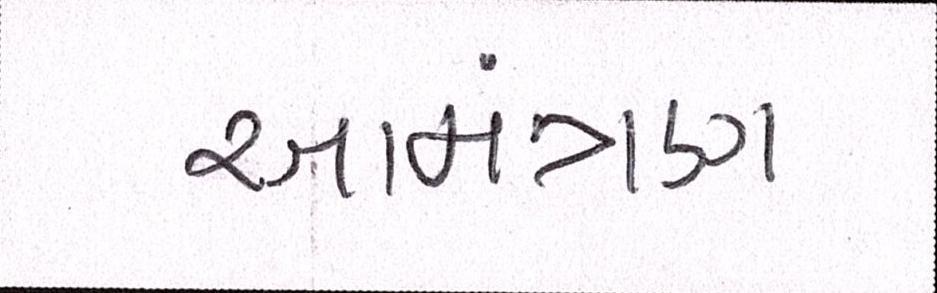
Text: આમંત્રણ